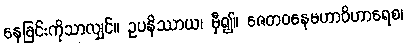
နေခြင်းကိုသာလျှင်။ ဥပနိဿာယ၊ မှီ၍။ ဇေတဝနေမဟာဝိဟာရေစ၊